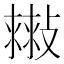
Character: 𢿷